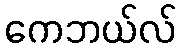
ကေဘယ်လ်